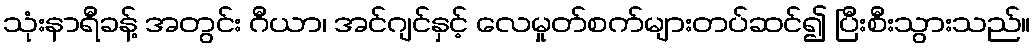
သုံးနာရီခန့် အတွင်း ဂီယာ၊ အင်ဂျင်နှင့် လေမှုတ်စက်များတပ်ဆင်၍ ပြီးစီးသွားသည်။